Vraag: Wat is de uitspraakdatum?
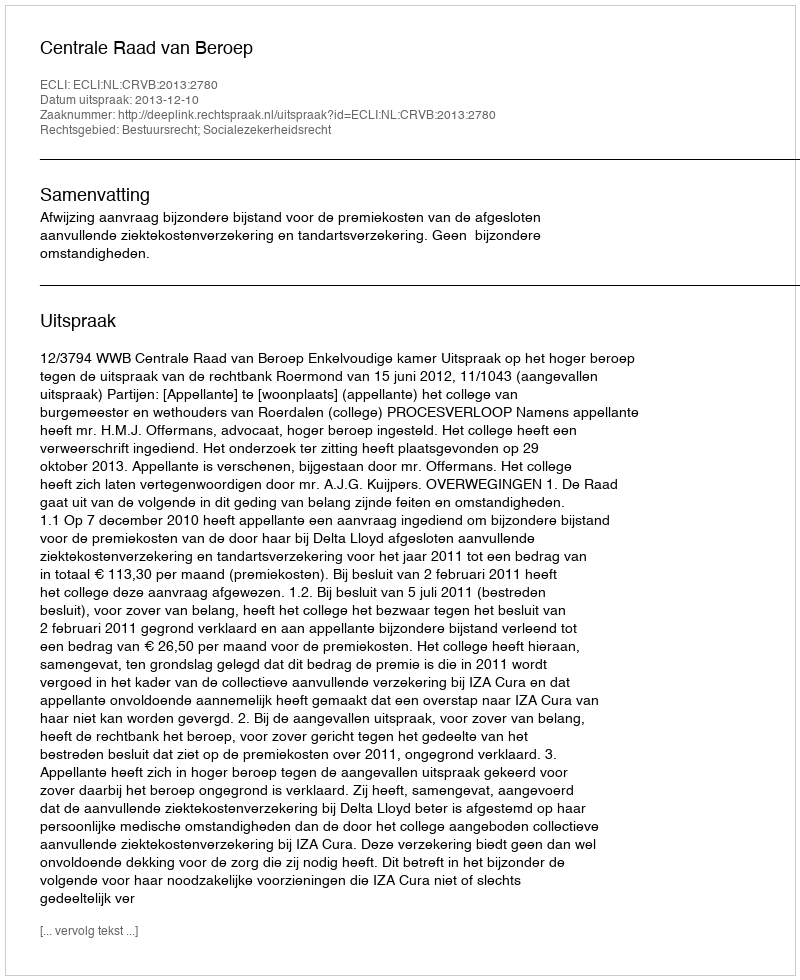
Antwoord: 2013-12-10